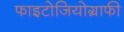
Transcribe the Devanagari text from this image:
फाइटोजियोग्राफी